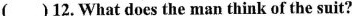
( )12. What does the man think of the suit?